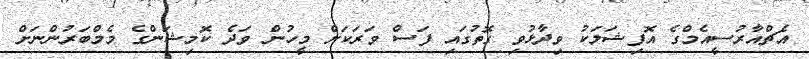
އެޗްއާރުސީއެމްގެ އޮފިޝަލަކު ވިދާޅުވި ގޮތުގައި ފަސް ވަރަކަށް މީހުން ވަދެ ކޮމިޝަންގެ މެމްބަރުންނަށް